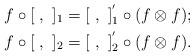
LaTeX: \begin{align*}& f\circ [~,~]_1 = [~,~]^{'}_1 \circ (f\otimes f);\\& f\circ [~,~]_2 = [~,~]^{'}_2 \circ (f\otimes f).\end{align*}